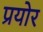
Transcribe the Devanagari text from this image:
प्रयोर